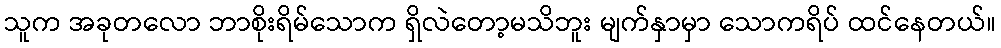
သူက အခုတလော ဘာစိုးရိမ်သောက ရှိလဲတော့မသိဘူး မျက်နှာမှာ သောကရိပ် ထင်နေတယ်။